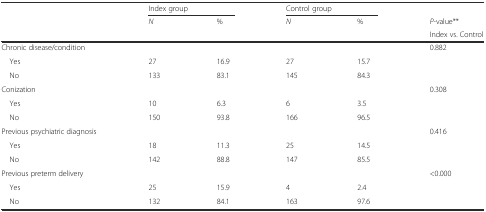
<table><thead><tr><td rowspan="3"></td><td colspan="2"><b>Index group</b></td><td colspan="2"><b>Control group</b></td><td></td></tr><tr><td rowspan="2"><b><i>N</i></b></td><td rowspan="2"><b>%</b></td><td rowspan="2"><b><i>N</i></b></td><td rowspan="2"><b>%</b></td><td><b><i>P</i>-value**</b></td></tr><tr><td><b>Index vs. Control</b></td></tr></thead><tbody><tr><td>Chronic disease/condition</td><td></td><td></td><td></td><td></td><td>0.882</td></tr><tr><td> Yes</td><td>27</td><td>16.9</td><td>27</td><td>15.7</td><td></td></tr><tr><td> No</td><td>133</td><td>83.1</td><td>145</td><td>84.3</td><td></td></tr><tr><td>Conization</td><td></td><td></td><td></td><td></td><td>0.308</td></tr><tr><td> Yes</td><td>10</td><td>6.3</td><td>6</td><td>3.5</td><td></td></tr><tr><td> No</td><td>150</td><td>93.8</td><td>166</td><td>96.5</td><td></td></tr><tr><td>Previous psychiatric diagnosis</td><td></td><td></td><td></td><td></td><td>0.416</td></tr><tr><td> Yes</td><td>18</td><td>11.3</td><td>25</td><td>14.5</td><td></td></tr><tr><td> No</td><td>142</td><td>88.8</td><td>147</td><td>85.5</td><td></td></tr><tr><td>Previous preterm delivery</td><td></td><td></td><td></td><td></td><td>&lt;0.000</td></tr><tr><td> Yes</td><td>25</td><td>15.9</td><td>4</td><td>2.4</td><td></td></tr><tr><td> No</td><td>132</td><td>84.1</td><td>163</td><td>97.6</td><td></td></tr></tbody></table>